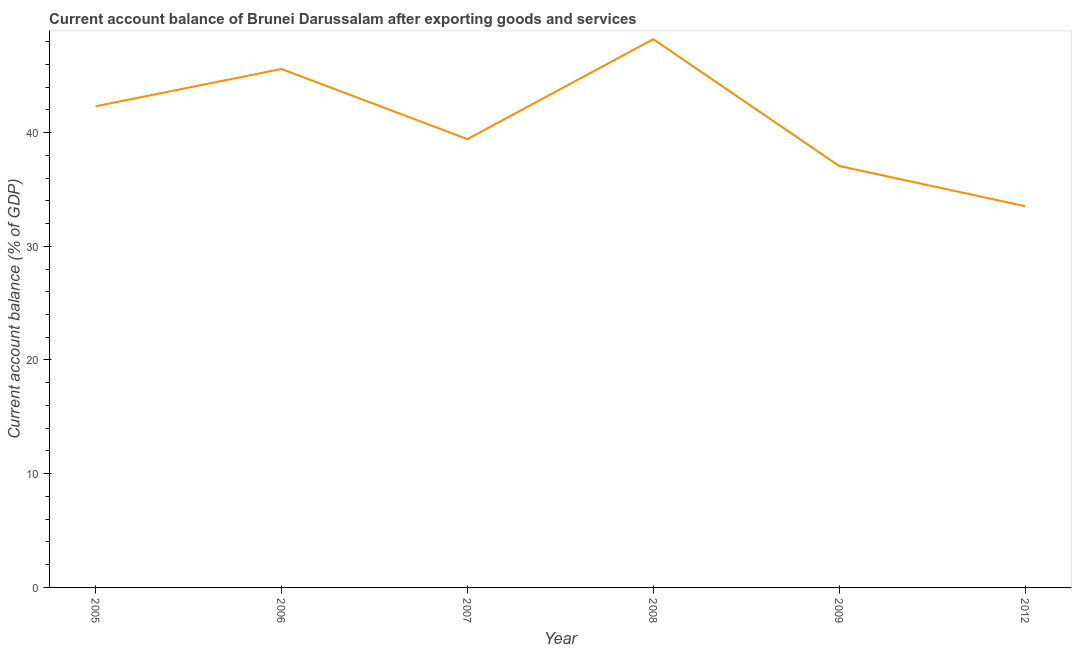
| Year | Current account balance |
 | --- | --- |
 | 2005 | 42.3 |
 | 2006 | 45.6 |
 | 2007 | 39.4 |
 | 2008 | 48.2 |
 | 2009 | 37.1 |
 | 2012 | 33.5 |